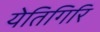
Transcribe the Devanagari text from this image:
येतिगिरि